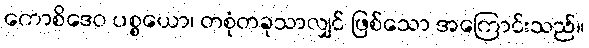
ကောစိဒေဝ ပစ္စယော၊ တစုံတခုသာလျှင် ဖြစ်သော အကြောင်းသည်။